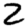
Digit: 2